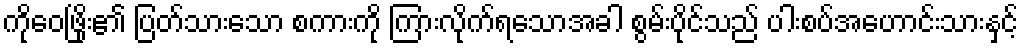
ကိုဝေဖြိုး၏ ပြတ်သားသော စကားကို ကြားလိုက်ရသောအခါ စွမ်းပိုင်သည် ပါးစပ်အဟောင်းသားနှင့်